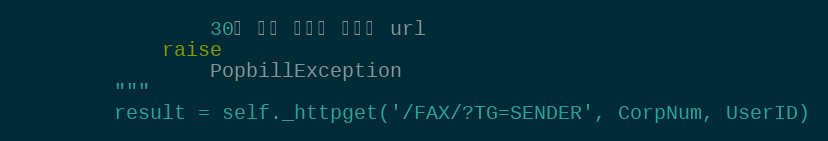
Language: Python
                30초 보안 토큰을 포함한 url
            raise
                PopbillException
        """
        result = self._httpget('/FAX/?TG=SENDER', CorpNum, UserID)